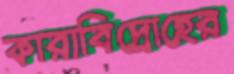
কারাবিদ্রোহের